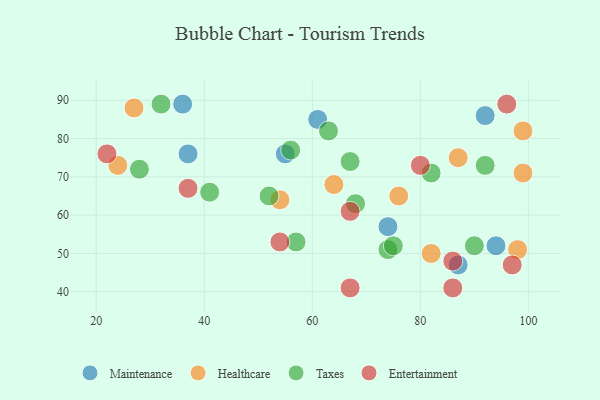
{"axis": {"x": "GDP", "y": "Life Expectancy"}, "legend": ["Entertainment", "Healthcare", "Maintenance", "Taxes"], "data": [{"x": "87", "y": 47, "type": "Maintenance"}, {"x": "55", "y": 76, "type": "Maintenance"}, {"x": "92", "y": 86, "type": "Maintenance"}, {"x": "37", "y": 76, "type": "Maintenance"}, {"x": "94", "y": 52, "type": "Maintenance"}, {"x": "74", "y": 57, "type": "Maintenance"}, {"x": "61", "y": 85, "type": "Maintenance"}, {"x": "36", "y": 89, "type": "Maintenance"}, {"x": "76", "y": 65, "type": "Healthcare"}, {"x": "99", "y": 71, "type": "Healthcare"}, {"x": "27", "y": 88, "type": "Healthcare"}, {"x": "87", "y": 75, "type": "Healthcare"}, {"x": "82", "y": 50, "type": "Healthcare"}, {"x": "54", "y": 64, "type": "Healthcare"}, {"x": "98", "y": 51, "type": "Healthcare"}, {"x": "64", "y": 68, "type": "Healthcare"}, {"x": "99", "y": 82, "type": "Healthcare"}, {"x": "24", "y": 73, "type": "Healthcare"}, {"x": "32", "y": 89, "type": "Taxes"}, {"x": "74", "y": 51, "type": "Taxes"}, {"x": "57", "y": 53, "type": "Taxes"}, {"x": "63", "y": 82, "type": "Taxes"}, {"x": "68", "y": 63, "type": "Taxes"}, {"x": "82", "y": 71, "type": "Taxes"}, {"x": "41", "y": 66, "type": "Taxes"}, {"x": "52", "y": 65, "type": "Taxes"}, {"x": "92", "y": 73, "type": "Taxes"}, {"x": "90", "y": 52, "type": "Taxes"}, {"x": "75", "y": 52, "type": "Taxes"}, {"x": "28", "y": 72, "type": "Taxes"}, {"x": "67", "y": 74, "type": "Taxes"}, {"x": "56", "y": 77, "type": "Taxes"}, {"x": "80", "y": 73, "type": "Entertainment"}, {"x": "22", "y": 76, "type": "Entertainment"}, {"x": "67", "y": 41, "type": "Entertainment"}, {"x": "54", "y": 53, "type": "Entertainment"}, {"x": "97", "y": 47, "type": "Entertainment"}, {"x": "96", "y": 89, "type": "Entertainment"}, {"x": "37", "y": 67, "type": "Entertainment"}, {"x": "67", "y": 61, "type": "Entertainment"}, {"x": "86", "y": 41, "type": "Entertainment"}, {"x": "86", "y": 48, "type": "Entertainment"}]}